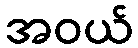
အဝယ်